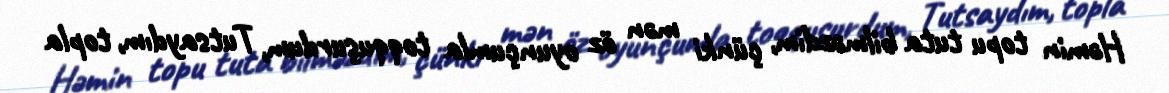
Həmin topu tuta bilməzdim, çünki mən öz oyunçumla toqquşurdum, Tutsaydım, topla